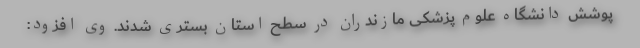
پوشش دانشگاه علوم پزشکی مازندران در سطح استان بستری شدند. وی افزود: